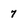
Character: 7